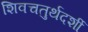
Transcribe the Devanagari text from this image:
शिवचतुर्थदर्शी